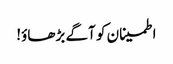
اطمینان کو آگے بڑھاؤ!